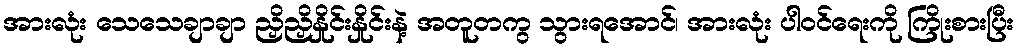
အားလုံး သေသေချာချာ ညှိညှိနှိုင်းနှိုင်းနဲ့ အတူတကွ သွားရအောင်၊ အားလုံး ပါဝင်ရေးကို ကြိုးစားပြီး